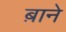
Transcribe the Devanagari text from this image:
ब़ाने